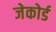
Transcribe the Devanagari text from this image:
जेकोर्ड